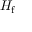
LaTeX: \textstyle H _ { \mathrm { f } }